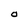
Character: O